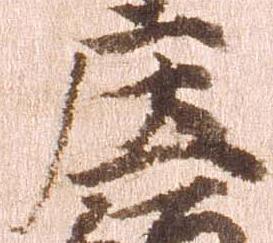
庄